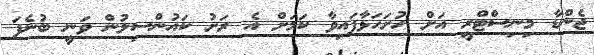
ޖެންޑާ މިނިސްޓްރީ އަށް ހުށަހަޅާފައިވާ ކަމަށް އެ ރަށު ކައުންސިލުން ވަނީ ބުނެފަ